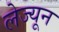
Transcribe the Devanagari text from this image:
लेज्यून